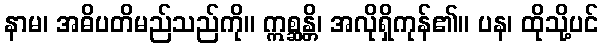
နာမ၊ အဓိပတိမည်သည်ကို။ ဣစ္ဆန္တိ၊ အလိုရှိကုန်၏။ ပန၊ ထိုသို့ပင်